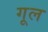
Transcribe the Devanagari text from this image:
गूल